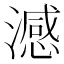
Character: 澸